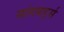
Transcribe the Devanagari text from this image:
सांगबर्ड्स